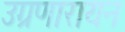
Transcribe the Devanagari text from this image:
उग्रणारायन